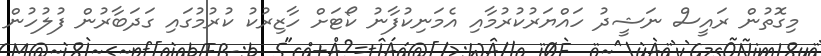
މިގޮތުން ރައީސް ނަޝީދު ހައްޔަރުކުރުމާއި އެމަނިކުފާނު ކޯޓަށް ހާޒިރުކު ކުރުމުގައި ގަދަބާރުން ފުލުހުން